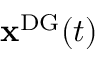
\mathbf { x } ^ { \mathrm { { D G } } } ( t )